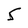
Character: 5